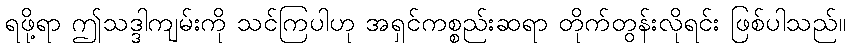
ရဖို့ရာ ဤသဒ္ဒါကျမ်းကို သင်ကြပါဟု အရှင်ကစ္စည်းဆရာ တိုက်တွန်းလိုရင်း ဖြစ်ပါသည်။